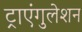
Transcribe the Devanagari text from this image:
ट्राएंगुलेशन